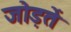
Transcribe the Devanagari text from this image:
जोड़तें